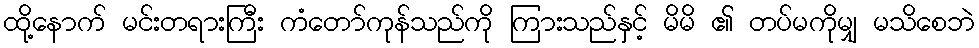
ထို့နောက် မင်းတရားကြီး ကံတော်ကုန်သည်ကို ကြားသည်နှင့် မိမိ ၏ တပ်မကိုမျှ မသိစေဘဲ